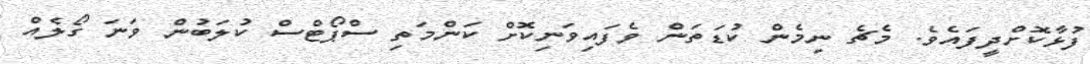
ފުޅާކޮށްދީފައެވެ. މެޗެ ނިމެން ކުޑަތަން ވެފައިވަނިކޮށް ކަންމަތި ސްޕޯޓްސް ކުލަބުން ވަނަ ގޯލެއް